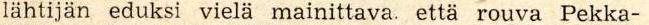
lähtijän eduksi vielä mainittava, että rouva Pekka-